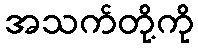
အသက်တို့ကို